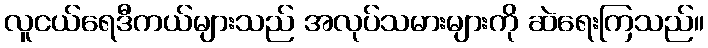
လူငယ်ရေဒီကယ်များသည် အလုပ်သမားများကို ဆဲရေးကြသည်။